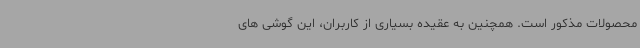
محصولات مذکور است. همچنین به عقیده بسیاری از کاربران، این گوشی های